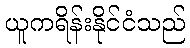
ယူကရိန်းနိုင်ငံသည်